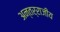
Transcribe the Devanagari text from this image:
अन्तर्राजीय